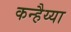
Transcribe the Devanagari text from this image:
कन्हैय्या